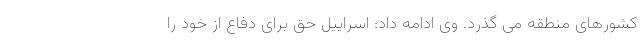
کشورهای منطقه می گذرد. وی ادامه داد: اسراییل حق برای دفاع از خود را